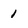
Character: 1